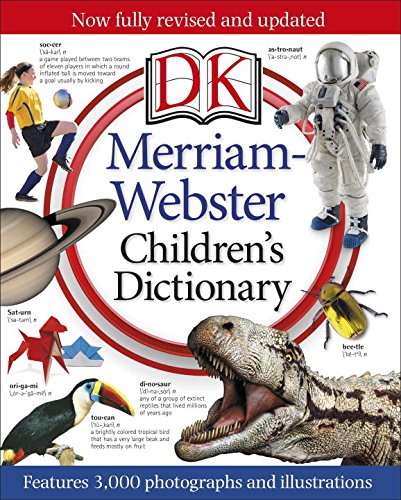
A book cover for Merriam-Webster Children's Dictionary; DK; Children's Books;